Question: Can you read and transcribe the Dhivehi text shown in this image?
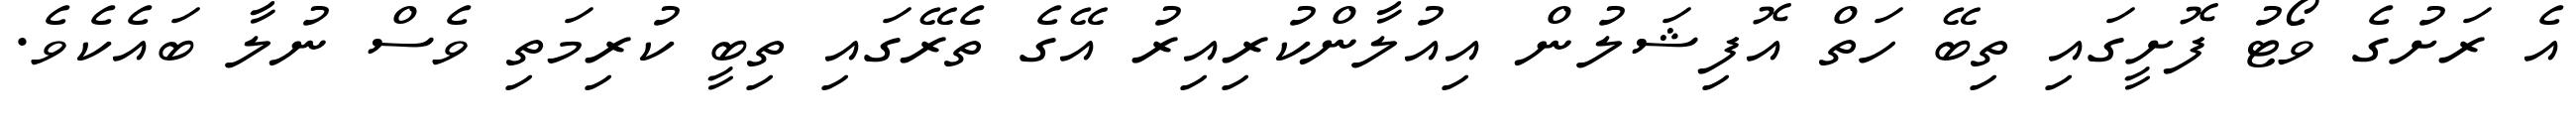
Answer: އެ ރަށުގެ ވޯޓު ފޮށީގައި ތިބޭ ހަތް އޮފިޝަލުން އިއުލާންކުރިއިރު އޭގެ ތެރޭގައި ތިބީ ކުރިމަތި ވެސް ނުލާ ބައެކެވެ.